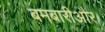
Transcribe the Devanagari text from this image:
बमबारीऔर